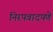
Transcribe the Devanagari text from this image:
निरपवादपणे